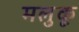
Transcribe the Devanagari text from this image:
मलुकू